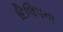
દિલિપના